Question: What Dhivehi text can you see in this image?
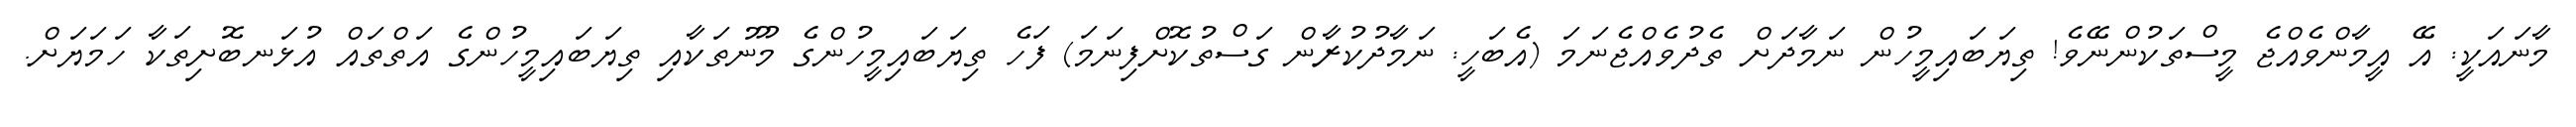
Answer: މާނައަކީ: އޭ އީމާންވެއްޖެ މީސްތަކުންނޭވެ! ތިޔަބައިމީހުން ނަމާދަށް ތެދުވެއްޖެނަމަ (އެބަހީ: ނަމާދުކުރާން ގަސްތުކޮށްފިނަމަ) ފަހެ ތިޔަބައިމީހުންގެ މޫނުތަކާއި ތިޔަބައިމީހުންގެ އަތްތައް އުޅަނބޮށިތަކާ ހަމަޔަށް.